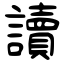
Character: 讀